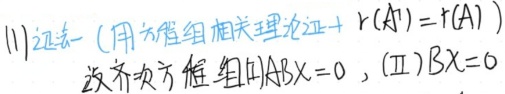
(1) 证法一 (用方程组相关理论证 + \(r(A^{T}) = r(A)\))
设齐次方程组(Ⅰ)\(ABX = 0\)，(Ⅱ)\(BX = 0\) 。